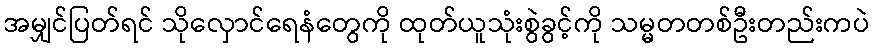
အမျှင်ပြတ်ရင် သိုလှောင်ရေနံတွေကို ထုတ်ယူသုံးစွဲခွင့်ကို သမ္မတတစ်ဦးတည်းကပဲ